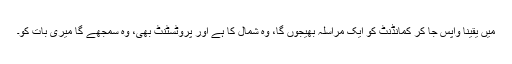
میں یقیناً واپس جا کر کمانڈنٹ کو ایک مراسلہ بھیجوں گا، وہ شمال کا ہے اور پروٹسٹنٹ بھی، وہ سمجھے گا میری بات کو۔